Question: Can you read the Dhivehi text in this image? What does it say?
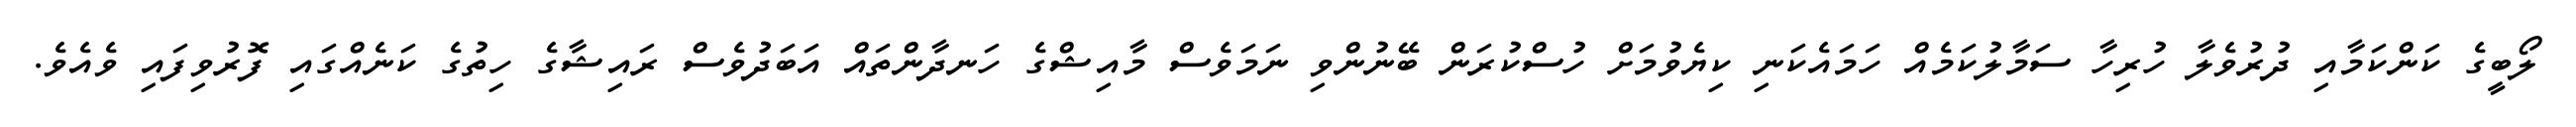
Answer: ލޯބީގެ ކަންކަމާއި ދުރުވެލާ ހުރިހާ ސަމާލުކަމެއް ހަމައެކަނި ކިޔެވުމަށް ހުސްކުރަން ބޭނުންވި ނަމަވެސް މާއިޝްގެ ހަނދާންތައް އަބަދުވެސް ރައިޝާގެ ހިތުގެ ކަނެއްގައި ފޮރުވިފައި ވެއެވެ.